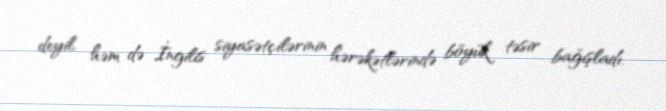
deyil, həm də İngilis siyasətçilərinin hərəkətlərində böyük təsir bağışladı.